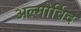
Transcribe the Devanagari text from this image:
अल्मोर्विद